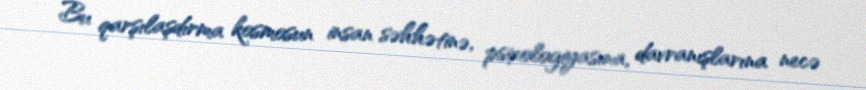
Bu qarşılaşdırma kosmosun insan səhhətinə, psixologiyasına, davranışlarına necə